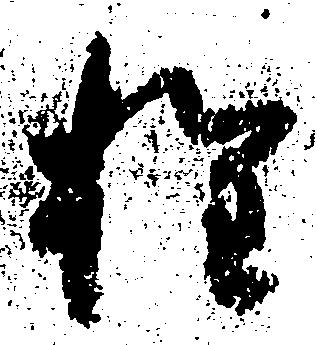
権